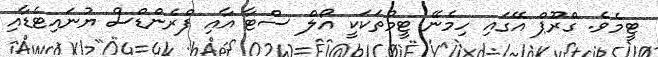
ޓީމެވެ. ގްރޫޕް އޭގައި ހިމެނޭ ޓީމުތަކަކީ އޯލް ސްޓާ އާއި ފްރެންޑްސް ޔުނައިޓެޑާއި